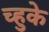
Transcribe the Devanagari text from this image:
च्हुके